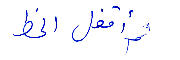
ثم اقفل الخط